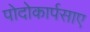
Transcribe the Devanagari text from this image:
पोदोकार्पसाए